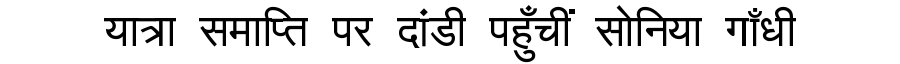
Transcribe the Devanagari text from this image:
यात्रा समाप्ति पर दांडी पहुँचीं सोनिया गाँधी